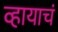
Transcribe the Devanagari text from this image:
व्हायाचं